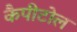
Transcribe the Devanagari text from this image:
कैपीटोल